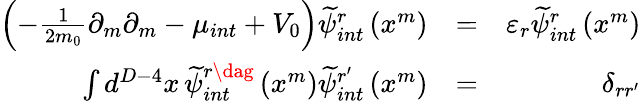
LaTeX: \begin{array}{rlr}{\left(-\frac{1}{2m_{0}}\partial_{m}\partial_{m}-\mu_{int}+V_{0}\right)\widetilde{\psi}_{int}^{r}\left(x^{m}\right)}&{=}&{\varepsilon_{r}\widetilde{\psi}_{int}^{r}\left(x^{m}\right)}\\ {\int d^{D-4}x\, \widetilde{\psi}_{int}^{r\dag}\left(x^{m}\right)\widetilde{\psi}_{int}^{r^{\prime}}\left(x^{m}\right)}&{=}&{\delta_{rr^{\prime}}}\end{array}